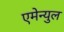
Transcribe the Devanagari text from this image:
एमेन्युल